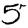
Digit: 5